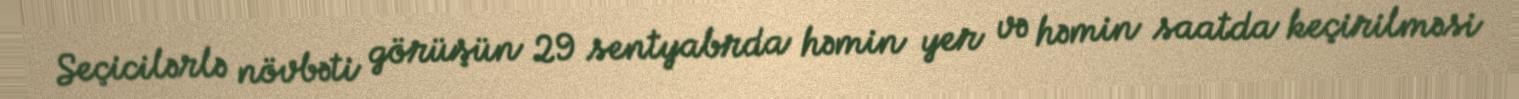
Seçicilərlə növbəti görüşün 29 sentyabrda həmin yer və həmin saatda keçirilməsi